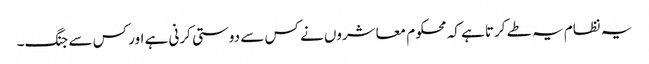
یہ نظام یہ طے کرتا ہے کہ محکوم معاشروں نے کس سے دوستی کرنی ہے اور کس سے جنگ۔